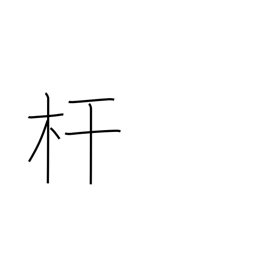
Meaning: pole